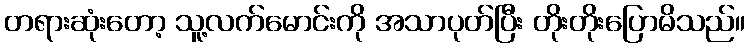
တရားဆုံးတော့ သူ့လက်မောင်းကို အသာပုတ်ပြီး တိုးတိုးပြောမိသည်။